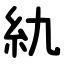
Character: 䊵